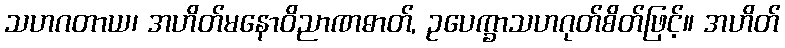
သဟဂတာယ၊ အဟိတ်မနောဝိညာဏဓာတ်, ဥပေက္ခာသဟဂုတ်စိတ်ဖြင့်။ အဟိတ်